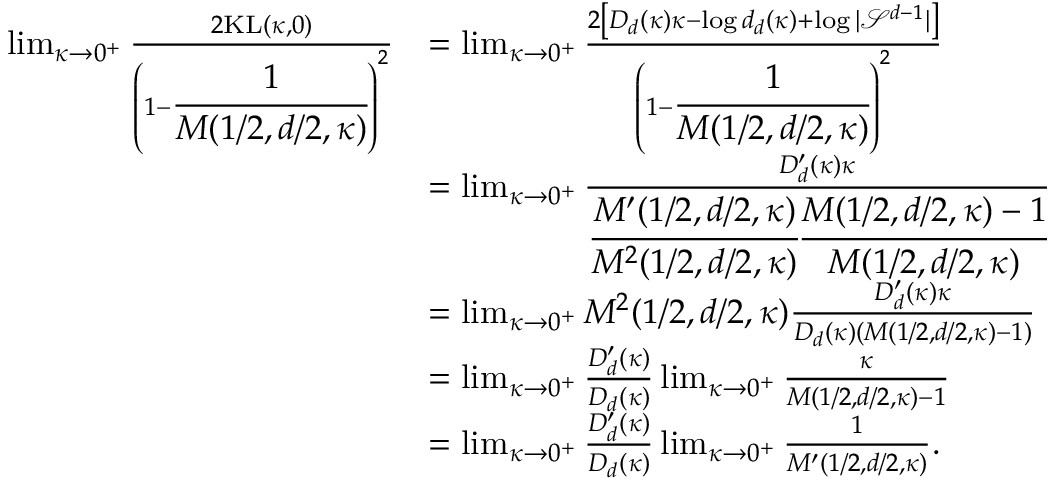
\begin{array} { r l } { \operatorname* { l i m } _ { \kappa \rightarrow 0 ^ { + } } \frac { 2 \mathrm { K L } ( \kappa , 0 ) } { \left( 1 - \cfrac { 1 } { M ( 1 / 2 , d / 2 , \kappa ) } \right) ^ { 2 } } } & { = \operatorname* { l i m } _ { \kappa \rightarrow 0 ^ { + } } \frac { 2 \left[ D _ { d } ( \kappa ) \kappa - \log d _ { d } ( \kappa ) + \log | \mathcal { S } ^ { d - 1 } | \right] } { \left( 1 - \cfrac { 1 } { M ( 1 / 2 , d / 2 , \kappa ) } \right) ^ { 2 } } } \\ & { = \operatorname* { l i m } _ { \kappa \rightarrow 0 ^ { + } } \frac { D _ { d } ^ { \prime } ( \kappa ) \kappa } { \cfrac { M ^ { \prime } ( 1 / 2 , d / 2 , \kappa ) } { M ^ { 2 } ( 1 / 2 , d / 2 , \kappa ) } \cfrac { M ( 1 / 2 , d / 2 , \kappa ) - 1 } { M ( 1 / 2 , d / 2 , \kappa ) } } } \\ & { = \operatorname* { l i m } _ { \kappa \rightarrow 0 ^ { + } } M ^ { 2 } ( 1 / 2 , d / 2 , \kappa ) \frac { D _ { d } ^ { \prime } ( \kappa ) \kappa } { D _ { d } ( \kappa ) ( M ( 1 / 2 , d / 2 , \kappa ) - 1 ) } } \\ & { = \operatorname* { l i m } _ { \kappa \rightarrow 0 ^ { + } } \frac { D _ { d } ^ { \prime } ( \kappa ) } { D _ { d } ( \kappa ) } \operatorname* { l i m } _ { \kappa \rightarrow 0 ^ { + } } \frac { \kappa } { M ( 1 / 2 , d / 2 , \kappa ) - 1 } } \\ & { = \operatorname* { l i m } _ { \kappa \rightarrow 0 ^ { + } } \frac { D _ { d } ^ { \prime } ( \kappa ) } { D _ { d } ( \kappa ) } \operatorname* { l i m } _ { \kappa \rightarrow 0 ^ { + } } \frac { 1 } { M ^ { \prime } ( 1 / 2 , d / 2 , \kappa ) } . } \end{array}